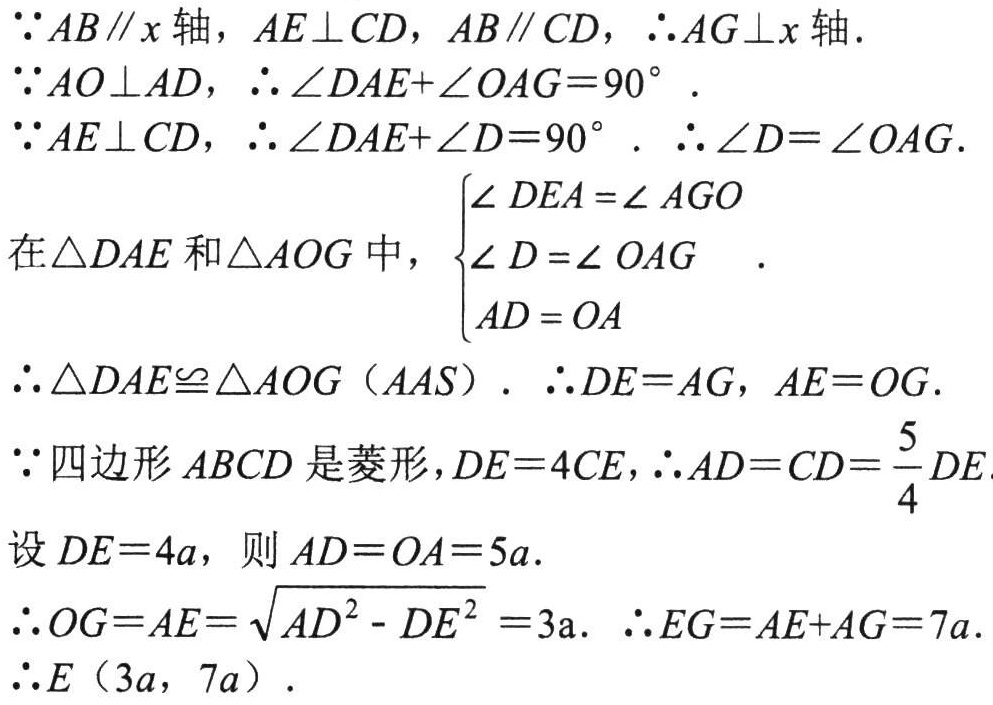
\(\because AB\parallel x\)轴，\(AE\perp CD\)，\(AB\parallel CD\)，\(\therefore AG\perp x\)轴.
\(\because AO\perp AD\)，\(\therefore \angle DAE + \angle OAG = 90^{\circ}\).
\(\because AE\perp CD\)，\(\therefore \angle DAE+\angle D = 90^{\circ}\). \(\therefore \angle D=\angle OAG\).
在\(\triangle DAE\)和\(\triangle AOG\)中，\(\begin{cases}
\angle DEA=\angle AGO\\
\angle D=\angle OAG\\
AD = OA
\end{cases}\).
\(\therefore \triangle DAE\cong\triangle AOG\)（\(AAS\)）. \(\therefore DE = AG\)，\(AE = OG\).
\(\because\)四边形\(ABCD\)是菱形，\(DE = 4CE\)，\(\therefore AD = CD=\dfrac{5}{4}DE\).
设\(DE = 4a\)，则\(AD = OA = 5a\).
\(\therefore OG=AE=\sqrt{AD^{2}-DE^{2}} = 3a\). \(\therefore EG = AE + AG = 7a\).
\(\therefore E\ (3a,\ 7a)\).